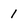
Character: 1